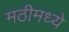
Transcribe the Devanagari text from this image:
मठीमध्ये